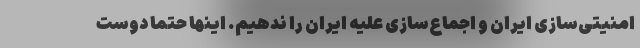
امنیتی‌سازی ایران و اجماع‌سازی علیه ایران را ندهیم. اینها حتما دوست